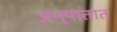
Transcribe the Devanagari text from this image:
अनुपातात